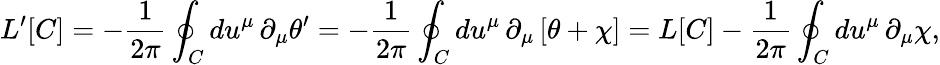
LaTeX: L^{\prime}[C]=-\frac{1}{2\pi}\oint_{C}du^{\mu}\, \partial_{\mu}\theta^{\prime}=-\frac{1}{2\pi}\oint_{C}du^{\mu}\, \partial_{\mu}\left[\theta+\chi\right]=L[C]-\frac{1}{2\pi}\oint_{C}du^{\mu}\, \partial_{\mu}\chi,